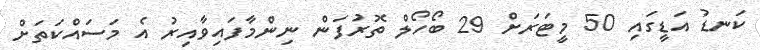
ކަނޑު އަޑީގައި 50 މީޓަރަށް 29 ބޯހޯލް ތޮރުފަން ނިންމާފައިވާއިރު އެ މަސައްކަތަށް